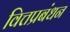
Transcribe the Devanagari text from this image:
वित्तप्रबंधन